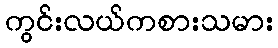
ကွင်းလယ်ကစားသမား